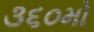
૩૬૦મો